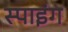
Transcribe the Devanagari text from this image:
स्पाइंग